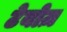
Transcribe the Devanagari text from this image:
टेयोज़